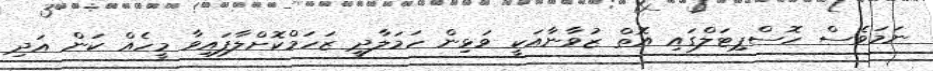
ނަމަވެސް ހޮސްޕިޓަލްގައި އޮތް ޒުވާނާއަކީ ވަޅިން ހަަމަލާދީ ޒަހަމްކޮށްލާފައިވާ މީހެއް ކަން އަދި